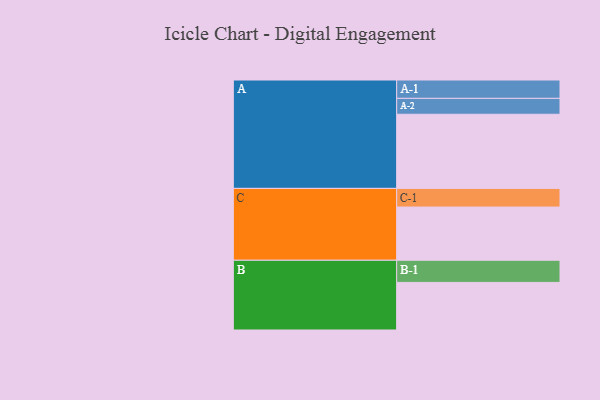
{"axis": {"x": "Segment", "y": "Value"}, "legend": ["", "A", "B", "C"], "data": [{"x": "A", "y": 489, "type": ""}, {"x": "B", "y": 314, "type": ""}, {"x": "C", "y": 351, "type": ""}, {"x": "A-1", "y": 121, "type": "A"}, {"x": "A-2", "y": 105, "type": "A"}, {"x": "B-1", "y": 146, "type": "B"}, {"x": "C-1", "y": 123, "type": "C"}]}